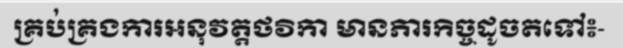
គ្រប់គ្រងការអនុវត្តថវិកា មានភារកិច្ចដូចតទៅ៖-